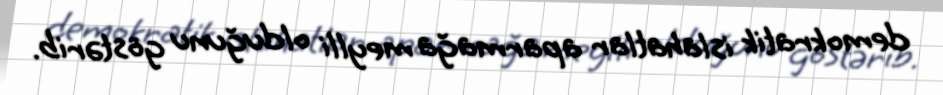
demokratik islahatlar aparmağa meylli olduğunu göstərib.